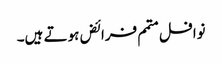
نوافل متمم فرائض ہوتے ہیں۔